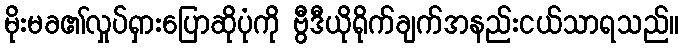
မိုးမခ၏လှုပ်ရှားပြောဆိုပုံကို ဗွီဒီယိုရိုက်ချက်အနည်းငယ်သာရသည်။